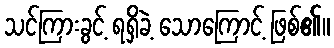
သင်ကြားခွင့် ရရှိခဲ့ သောကြောင့် ဖြစ်၏။